Report of the Municipal Commissioner on the plague in Bombay for the year ending 31st May... - Volume 2
Disease focus: Plague
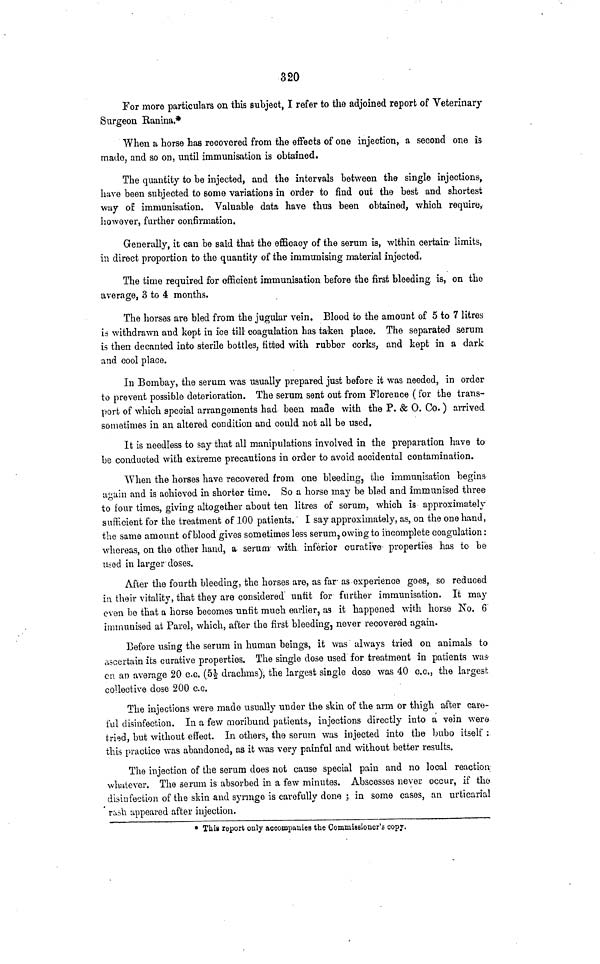
320
For more particulars on this subject, I refer to the adjoined report of Veterinary-
Surgeon Ranina.*
When a horse has recovered from the effects of one injection, a second one is
made, and so on, until immunisation is obtained.
The quantity to be injected, and the intervals between the single injections,
have been subjected to some variations in order to find out the best and shortest
way of immunisation. Valuable data have thus been obtained, which require,
however, further confirmation.
Generally, it can be said that the efficacy of the serum is, within certain- limits,
in direct proportion to the quantity of the immunising material injected.
The time required for efficient immunisation before the first bleeding, is, on the
average, 3 to 4 months.
The horses are bled from the jugular vein. Blood to the amount of 5 to 7 litres
is withdrawn and kept in ice till coagulation has taken place. The separated serum
is then decanted into sterile bottles, fitted with rubber corks, and kept in a dark
and cool place.
In Bombay, the serum was usually prepared just before it was needed, in order
to prevent possible deterioration. The serum sent out from Florence ( for the trans-
port of which special arrangements had been made with the P. & 0. Co.) arrived
sometimes in an altered condition and could not all be used.
It is needless to say that all manipulations involved in the preparation have to
be conducted with extreme precautions in order to avoid accidental contamination.
When the horses have recovered from one bleeding, the immunisation begins-
•again and is achieved in shorter time. So a horse may be bled and immunised three
to four times, giving altogether about ten litres of serum, which is approximately
sufficient for the treatment of 100 patients.' I say approximately, as, on the one hand,
the same amount of blood gives sometimes less serum, owing to incomplete coagulation:
whereas, on the other hand, a serum- with inferior c-urative properties has to be
iisod in larger doses.
After the fourth bleeding, the horses are, as far- as experience goes, so reduced
in their vitality, that they are considered unfit for further immunisation. It may
even be that a horse becomes unfit much earlier, as it happened with horse No. 6
immunised at Parel, which, after the first bleeding, never recovered again.
Before using the serum in human beings, it was always tried on animals to
ascertain its curative properties. The single dose used for treatment in patients was
cn an average 20 c.c. (5£ drachms), the largest single dose was 40 c.c., the largest
collective dose 200 c.c.
The injections were made usually nnder the skin of the arm or thigh after care-
ful disinfection. In a few moribund patients, injections directly into a vein were
tried, but without effect. In others, the serum was injected into the bubo itself :
this practice was abandoned, as it was very painful and without better results.
The injection of the serum does not cause special pain and no local reaction
v/luitever. The serum is absorbed in a few minutes. Abscesses never occur, if the
disinfection of the skin and syringe is carefully done ; in some cases, an urticarial
rash appeared after injection.
* Tbii report only accompanies the Commissioner's copy.